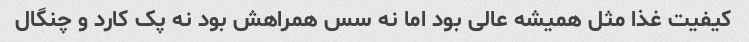
کیفیت غذا مثل همیشه عالی بود اما نه سس همراهش بود نه پک کارد و چنگال